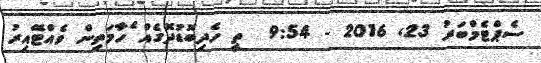
ސެޕްޓެމްބަރު 23